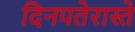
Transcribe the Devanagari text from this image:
दिनपतेरास्ते